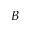
\boldsymbol { B }